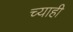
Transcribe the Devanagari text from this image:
च्याही